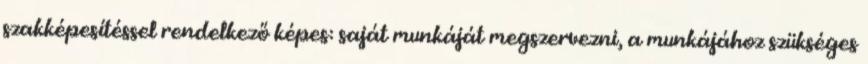
szakképesítéssel rendelkező képes: saját munkáját megszervezni, a munkájához szükséges